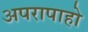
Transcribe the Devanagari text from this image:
अपरापाहो